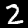
Label: 2